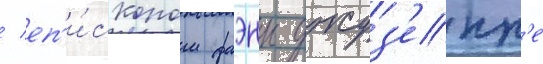
/ еп'и́скопом фаэнцы джуз'епп'е